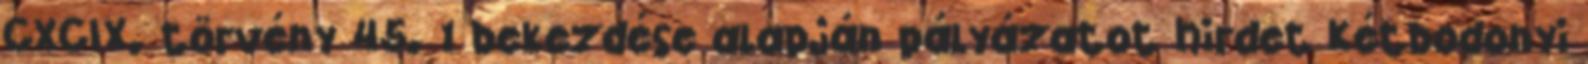
CXCIX. törvény 45. 1 bekezdése alapján pályázatot hirdet Kétbodonyi